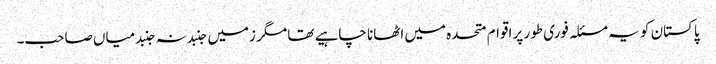
پاکستان کو یہ مسئلہ فوری طور پر اقوام متحدہ میں اٹھانا چاہیے تھا مگر زمیں جنبد نہ جنبد میاں صاحب۔